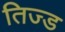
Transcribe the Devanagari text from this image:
तिज्ड